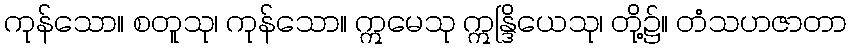
ကုန်သော။ စတူသု၊ ကုန်သော။ ဣမေသု ဣန္ဒြိယေသု၊ တို့၌။ တံသဟဇာတာ